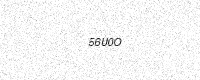
Text: 56U0O